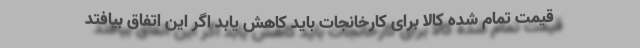
قیمت تمام شده کالا برای کارخانجات باید کاهش یابد اگر این اتفاق بیافتد